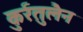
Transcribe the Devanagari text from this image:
कुर्रतुलैन